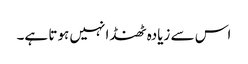
اس سے زیادہ ٹھنڈا نہیں ہوتا ہے۔